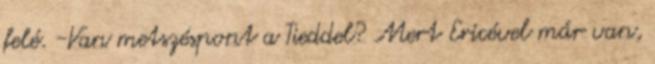
felé. -Van metszéspont a Tieddel? Mert Ericével már van,